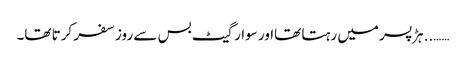
…….. ہڑ پسر میں رہتا تھااور سوارگیٹ بس سے روز سفر کرتا تھا۔